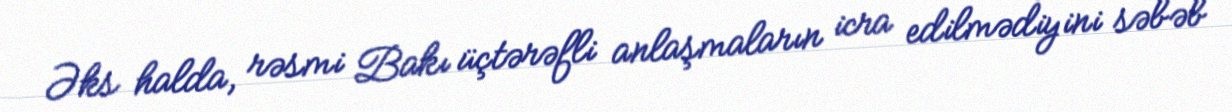
Əks halda, rəsmi Bakı üçtərəfli anlaşmaların icra edilmədiyini səbəb